Annual report on the Civil Veterinary Department, Burma (including the Insein Veterinary School) - 1932-1941
Year: 1932
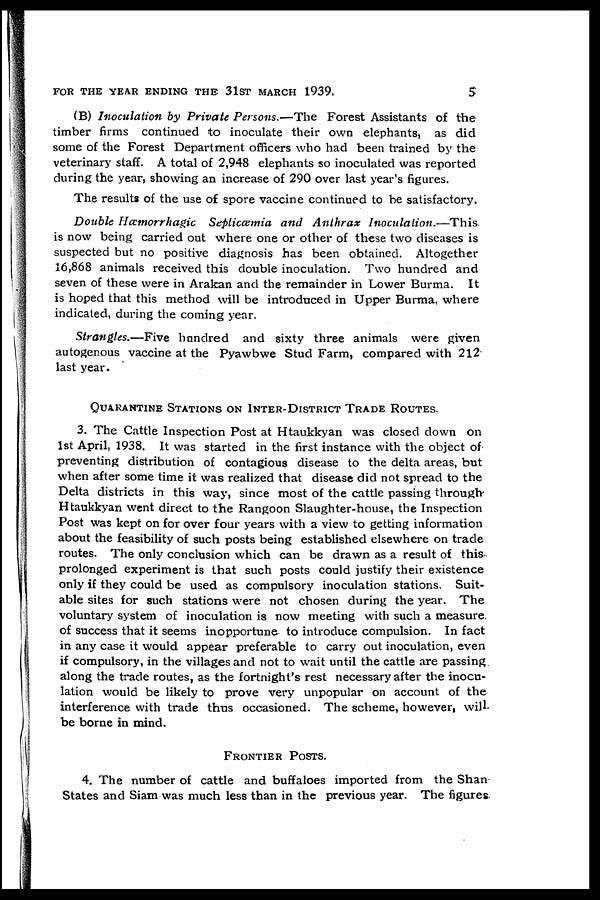
FOR THE YEAR ENDING THE 31ST MARCH 1939.
5
(B) Inoculation by Private Persons.—The Forest Assistants of the
timber firms continued to inoculate their own elephants, as did
some of the Forest Department officers who had been trained by the
veterinary staff. A total of 2,948 elephants so inoculated was reported
during the year, showing an increase of 290 over last year's figures.
The results of the use of spore vaccine continued to be satisfactory.
Double Hæmorrhagic Septicæmia and Anthrax
Inoculation.—This
is now being carried out where one or other of these two diseases is
suspected but no positive diagnosis has been obtained. Altogether
16,868 animals received this double inoculation. Two hundred and
seven of these were in Arakan and the remainder in Lower Burma. It
is hoped that this method will be introduced in Upper Burma, where
indicated, during the coming year.
Strangles.—Five hundred and sixty three animals were given
autogenous vaccine at the Pyawbwe Stud Farm, compared with 212
last year.
QUARANTINE STATIONS ON INTER-DISTRICT TRADE ROUTES.
3. The Cattle Inspection Post at Htaukkyan was closed down on
1st April, 1938. It was started in the first instance with the object of
preventing distribution of contagious disease to the delta areas, but
when after some time it was realized that disease did not spread to the
Delta districts in this way, since most of the cattle passing through
Htaukkyan went direct to the Rangoon Slaughter-house, the Inspection
Post was kept on for over four years with a view to getting information
about the feasibility of such posts being established elsewhere on trade
routes. The only conclusion which can be drawn as a result of this
prolonged experiment is that such posts could justify their existence
only if they could be used as compulsory inoculation stations. Suit-
able sites for such stations were not chosen during the year. The
voluntary system of inoculation is now meeting with such a measure
of success that it seems inopportune to introduce compulsion. In fact
in any case it would appear preferable to carry out inoculation, even
if compulsory, in the villages and not to wait until the cattle are passing
along the trade routes, as the fortnight's rest necessary after the inocu-
lation would be likely to prove very unpopular on account of the
interference with trade thus occasioned. The scheme, however, will
be borne in mind.
FRONTIRE POSTS.
4. The number of cattle and buffaloes imported from the Shan
States and Siam was much less than in the previous year. The figures